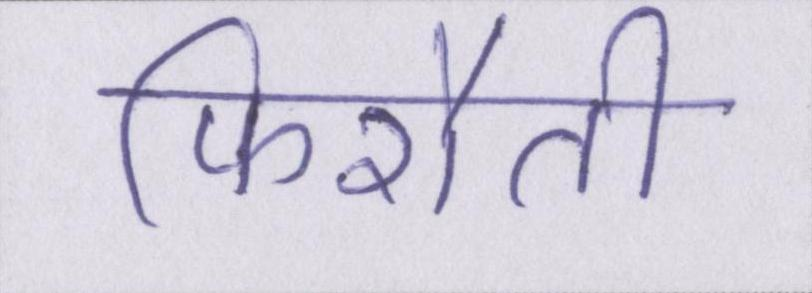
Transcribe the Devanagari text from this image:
फिरौती